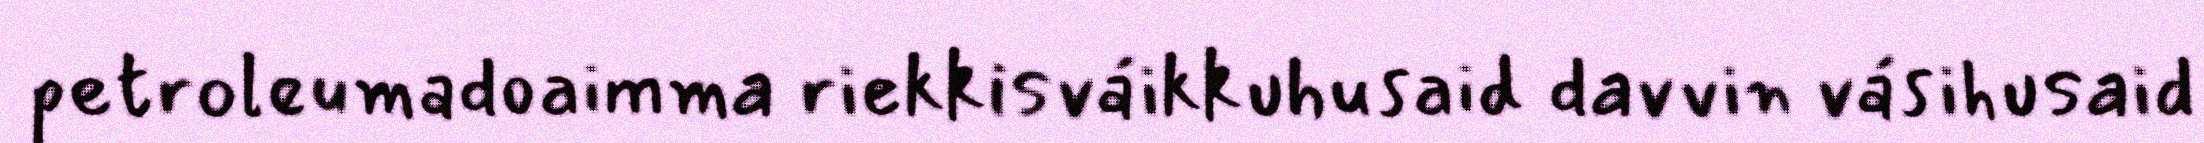
petroleumadoaimma riekkisváikkuhusaid davvin vásihusaid